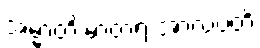
အမ္မာတိ မာတရံ အာလပတိ